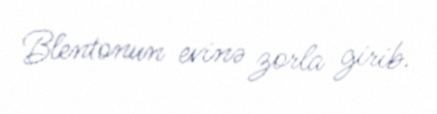
Blentonun evinə zorla girib.